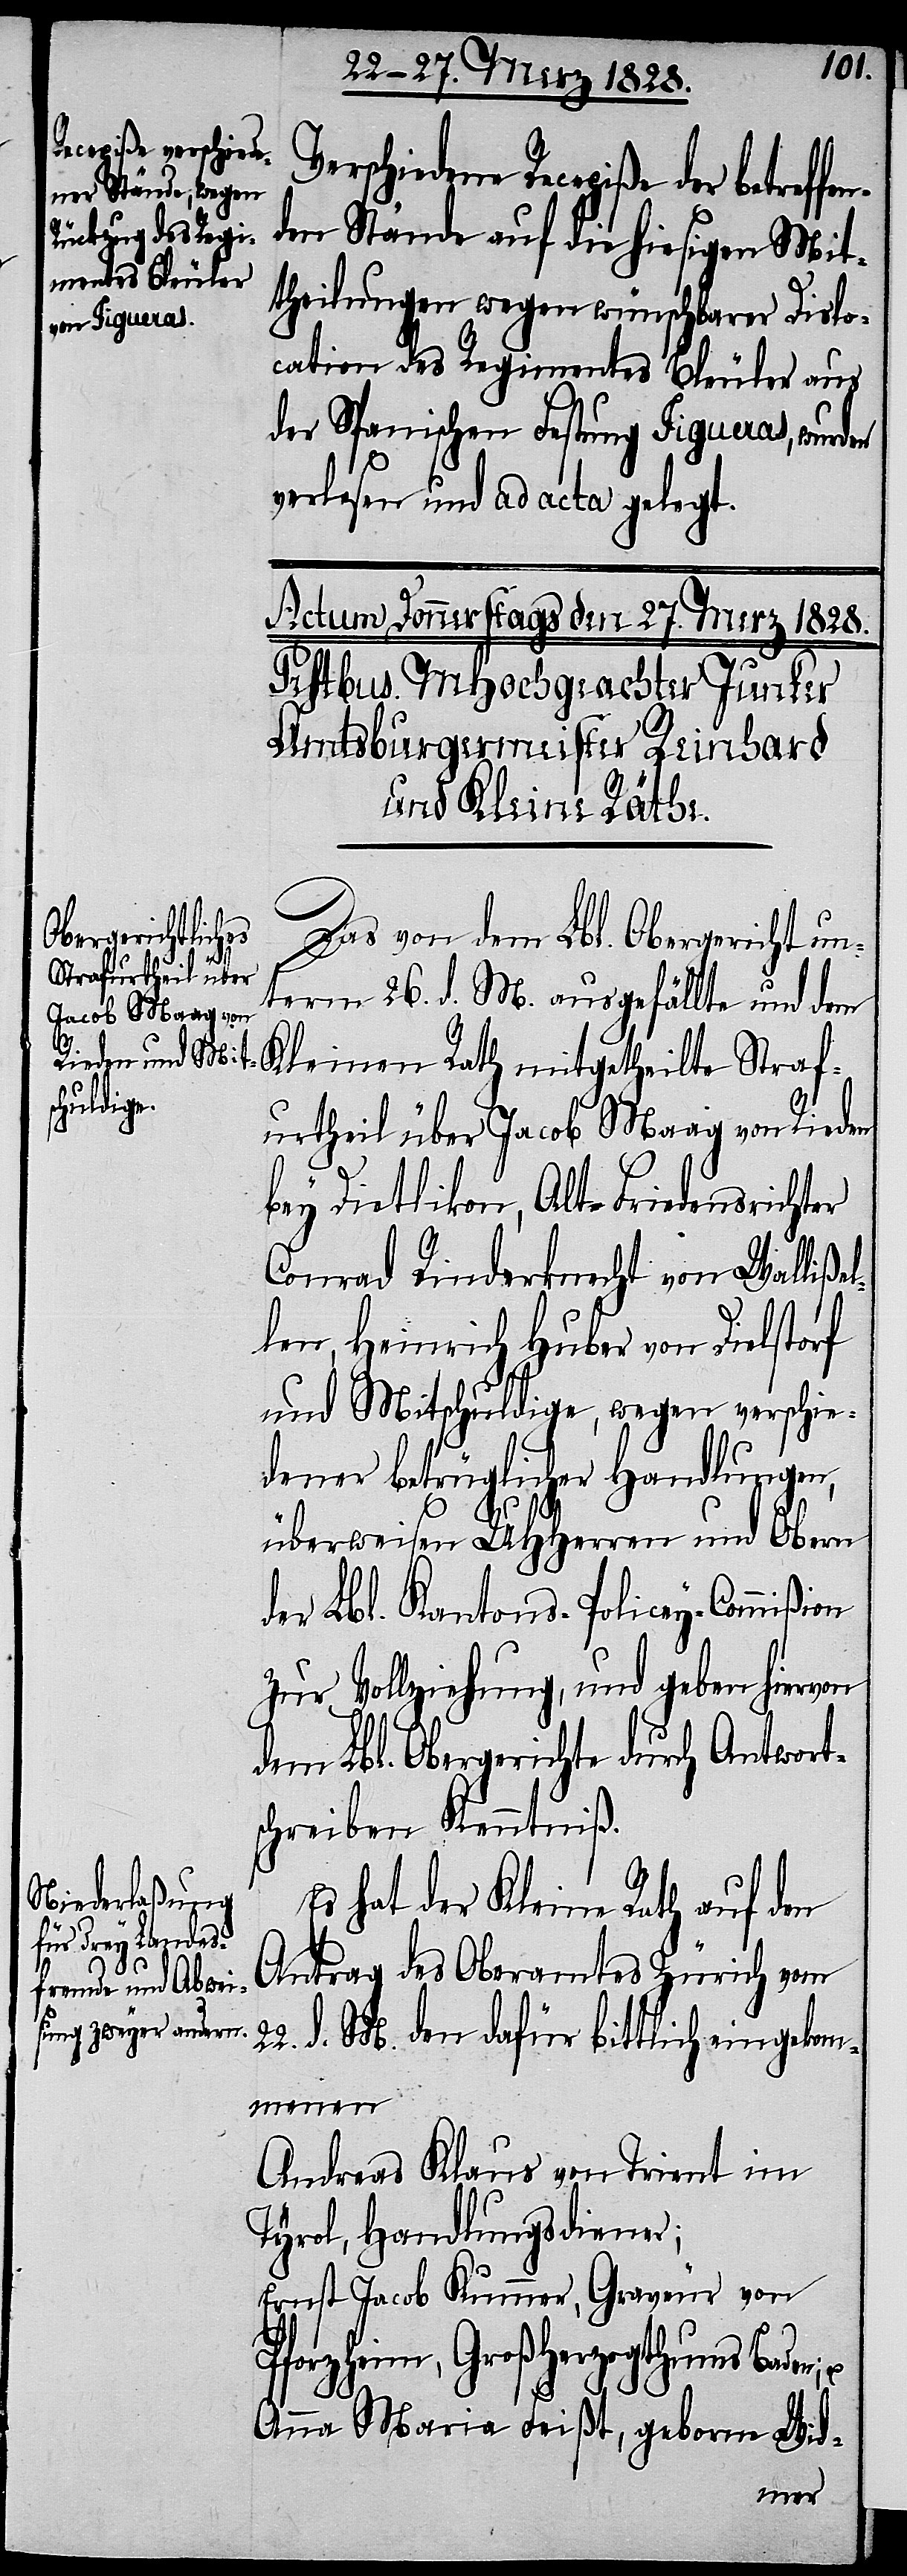
Verschiedene Recepiße der betref¬
den Stände auf die hiesigen Mit¬
theilungen wegen wünschbarer Dislo¬
cation des Regimentes Bleuler aus
der Spanischen Festung Figueras, wurden
verlesen und ad acta gelegt.
Das von dem Lbl. Obergericht un¬
term 26. d. M. ausgefällte und dem
Kleinen Rath mitgetheilte Straf¬
urtheil über Jacob Maag von Rieden
bey Dietlikon, Alt-Friedensrichter
Conrad Rinderknecht von Wallißel¬
len, Heinrich Huber von Dielstorf
und Mitschuldige, wegen verschie¬
dener betrüglicher Handlungen,
überweisen UHHerren und Obern
der Lbl. Kantons-Policey-Commißion
zur Vollziehung, und geben hiervon
dem Lbl. Obergerichte durch Antwort¬
schreiben Kenntniß.
Es hat der Kleine Rath auf den
Antrag des Oberamtes Zürich vom
d. M. den dafür bittlich eingekom¬
menen
Andreas Klaus von Trient im
Tyrol, Handlungsdiener;
Ernst Jacob Kummer, Graveur von
Pforzheim, Großherzogthums Baden;
Anna Maria Feißt, geborne Wid-
fen¬